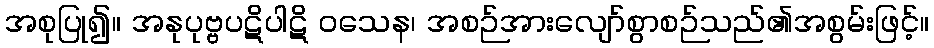
အစုပြု၍။ အနုပုဗ္ဗပဋိပါဋိ ဝသေန၊ အစဉ်အားလျော်စွာစဉ်သည်၏အစွမ်းဖြင့်။